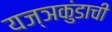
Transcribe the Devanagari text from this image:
यज्ञकुंडाची